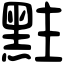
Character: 𪐴